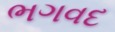
ભગવદ